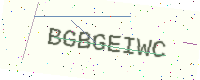
Text: BGBGEIWC